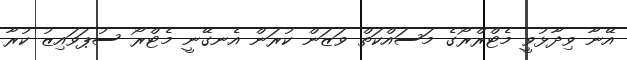
އޭނާ ވިދާޅުވީ މެޓްރްރޯގެ މަސައްކަތް ވަޒަން ކުރަން އެނގޭނީ މެޓްރޯ ސުޕަވައިޒު ކުރާ